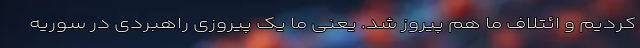
کردیم و ائتلاف ما هم پیروز شد. یعنی ما یک پیروزی راهبردی در سوریه